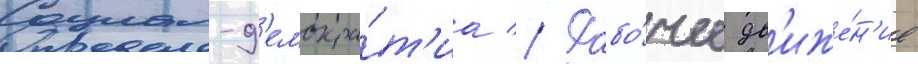
Социал-д'емокра́т'иа // Рабо́чее дв'иже́н'ие